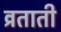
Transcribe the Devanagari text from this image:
व्रताती